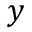
y